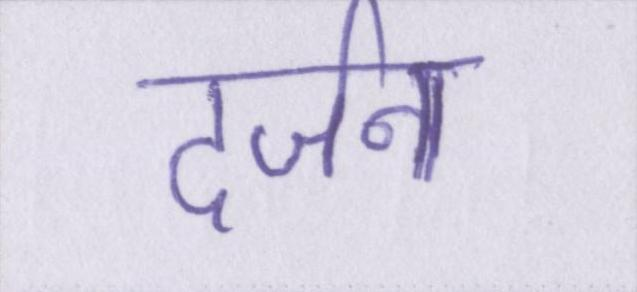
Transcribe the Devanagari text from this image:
दर्जन